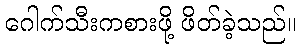
ဂေါက်သီးကစားဖို့ ဖိတ်ခဲ့သည်။